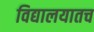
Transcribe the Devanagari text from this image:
विद्यालयातच